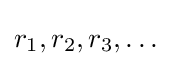
r_{1},r_{2},r_{3},\ldots